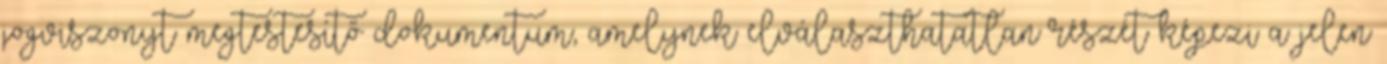
jogviszonyt megtestesítő dokumentum, amelynek elválaszthatatlan részét képezi a jelen